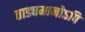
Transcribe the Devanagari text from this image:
ताड्यमानोऽपि